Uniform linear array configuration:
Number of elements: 48
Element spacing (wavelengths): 0.75
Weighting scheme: hann
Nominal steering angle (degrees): -45
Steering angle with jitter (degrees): -43.976
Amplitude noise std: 0.05
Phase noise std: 0.05

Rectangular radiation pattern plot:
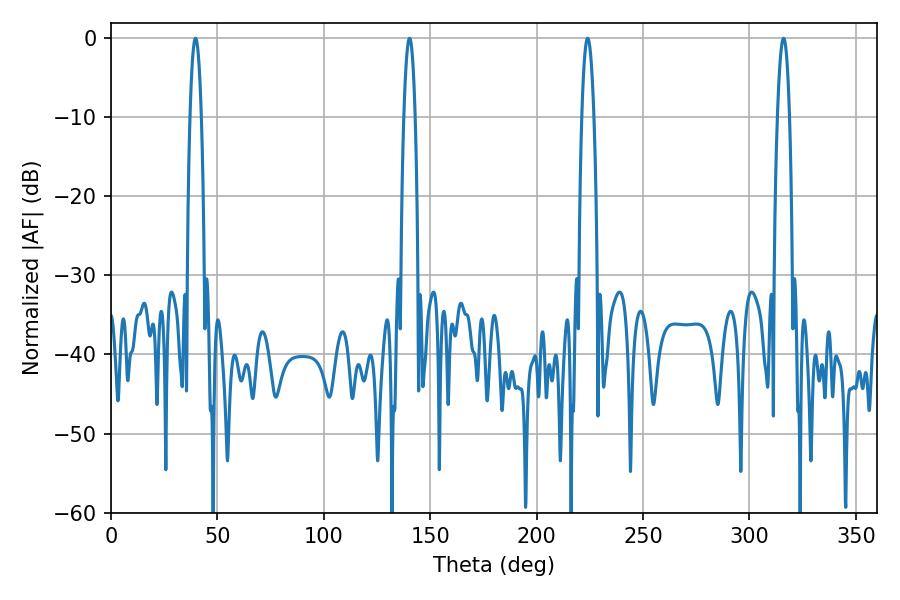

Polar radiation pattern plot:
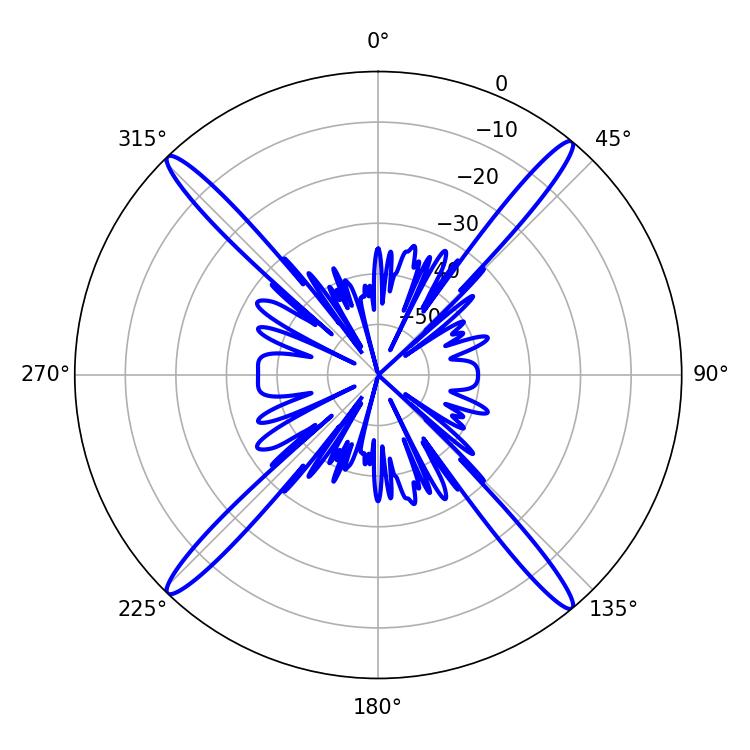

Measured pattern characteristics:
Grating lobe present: TRUE
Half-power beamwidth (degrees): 3.06
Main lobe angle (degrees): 223.92